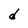
Character: d